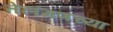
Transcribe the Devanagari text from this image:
तेलंगणच्या